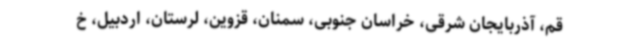
قم، آذربایجان شرقی، خراسان جنوبی، سمنان، قزوین، لرستان، اردبیل، خ